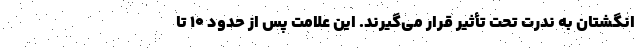
انگشتان به ندرت تحت تأثیر قرار می‌گیرند. این علامت پس از حدود ۱۰ تا